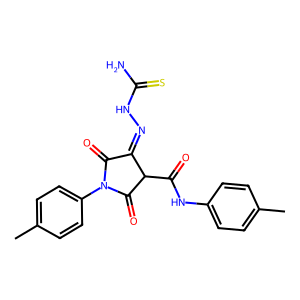
SMILES: Cc1ccc(NC(=O)C2C(=O)N(c3ccc(C)cc3)C(=O)C2=NNC(N)=S)cc1
Inhibits HIV replication: No